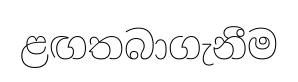
ළඟතබාගැනීම